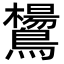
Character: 鸉